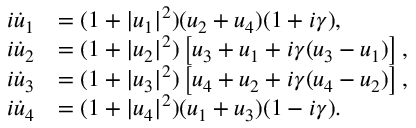
\begin{array} { r l } { i \dot { u } _ { 1 } } & { = ( 1 + | u _ { 1 } | ^ { 2 } ) ( u _ { 2 } + u _ { 4 } ) ( 1 + i \gamma ) , } \\ { i \dot { u } _ { 2 } } & { = ( 1 + | u _ { 2 } | ^ { 2 } ) \left[ u _ { 3 } + u _ { 1 } + i \gamma ( u _ { 3 } - u _ { 1 } ) \right] , } \\ { i \dot { u } _ { 3 } } & { = ( 1 + | u _ { 3 } | ^ { 2 } ) \left[ u _ { 4 } + u _ { 2 } + i \gamma ( u _ { 4 } - u _ { 2 } ) \right] , } \\ { i \dot { u } _ { 4 } } & { = ( 1 + | u _ { 4 } | ^ { 2 } ) ( u _ { 1 } + u _ { 3 } ) ( 1 - i \gamma ) . } \end{array}